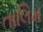
તાલિમ